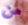
من